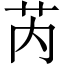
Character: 芮